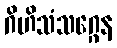
ဂိဟိသံသဂ္ဂေန